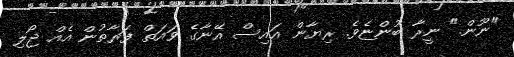
"ނޫން." ނީރާ ބުންޏެވެ. ރިޔާން އައިސް އޭނާގެ ވައަތް ފަރާތުން އެއް ޖޯލި